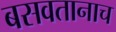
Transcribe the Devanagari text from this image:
बसवतानाच